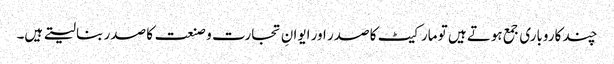
چند کاروباری جمع ہوتے ہیں تو مارکیٹ کا صدر اور ایوانِ تجارت و صنعت کا صدر بنا لیتے ہیں۔